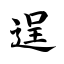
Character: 逞